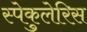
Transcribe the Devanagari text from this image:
स्पेकुलेरिस